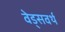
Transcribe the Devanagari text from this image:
वेड्सवर्थ